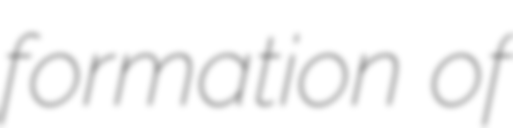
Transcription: formation of